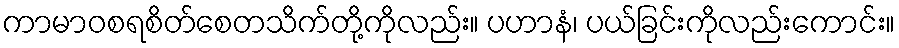
ကာမာဝစရစိတ်စေတသိက်တို့ကိုလည်း။ ပဟာနံ၊ ပယ်ခြင်းကိုလည်းကောင်း။